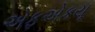
એફએકયૂ